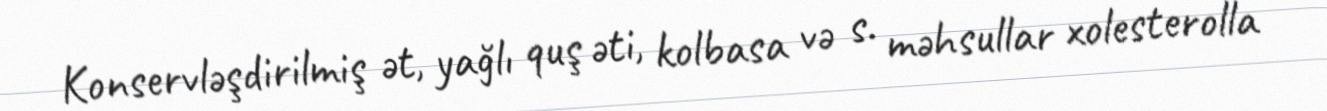
Konservləşdirilmiş ət, yağlı quş əti, kolbasa və s. məhsullar xolesterolla